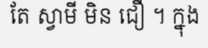
តែ ស្វាមី មិន ជឿ ។ ក្នុង